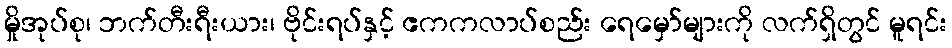
မှိုအုပ်စု၊ ဘက်တီးရီးယား၊ ဗိုင်းရပ်နှင့် ဧကကလာပ်စည်း ရေမှော်များကို လက်ရှိတွင် မူရင်း